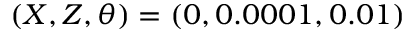
( X , Z , \theta ) = ( 0 , 0 . 0 0 0 1 , 0 . 0 1 )